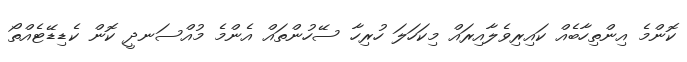
ކޮންމެ އިންތިހާބެއް ކައިރިވެލާއިރައް މިކަހަލަ ހުރިހާ ސޭހުންތައް އެންމެ މުއްސަނދީ ކޮން ކެޑިޑޭޓެއްތޯ